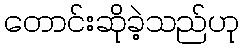
တောင်းဆိုခဲ့သည်ဟု